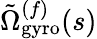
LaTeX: \tilde{\Omega}_{\mathrm{gyro}}^{(f)}(s)